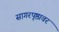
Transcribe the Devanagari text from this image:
सागरपृष्ठावर